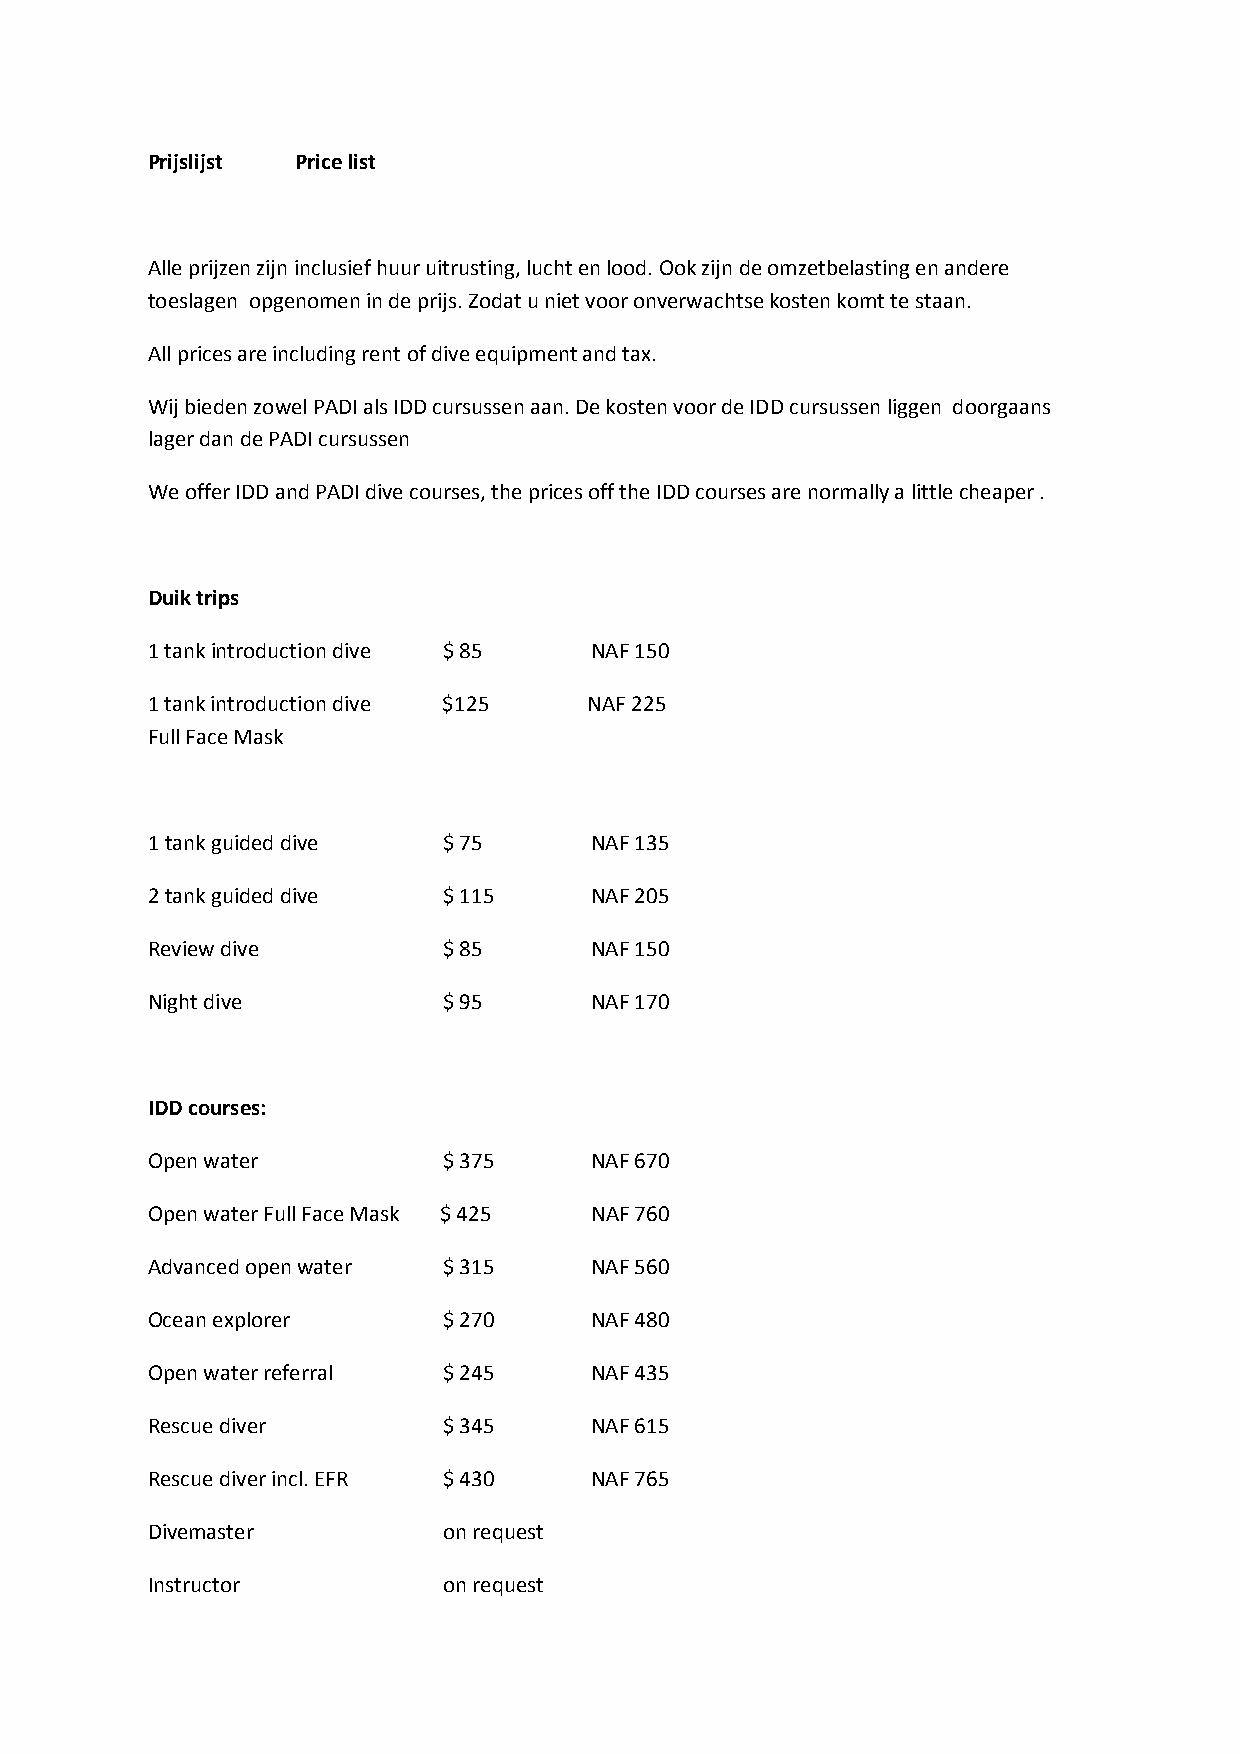
Prijslijst Price list
 Alle prijzen zijn inclusief huur uitrusting, lucht en lood. Ook zijn de omzetbelasting en andere
 toeslagen opgenomen in de prijs. Zodat u niet voor onverwachtse kosten komt te staan.
 All prices are including rent of dive equipment and tax.
 Wij bieden zowel PADI als IDD cursussen aan. De kosten voor de IDD cursussen liggen doorgaans
 lager dan de PADI cursussen
 We offer IDD and PADI dive courses, the prices off the IDD courses are normally a little cheaper .
 Duik trips
 1 tank introduction dive $ 85 NAF 150
 1 tank introduction dive $125 NAF 225
 Full Face Mask
 1 tank guided dive $ 75      NAF 135
 2 tank guided dive $ 115     NAF 205
 Review dive        $ 85      NAF 150
 Night dive         $ 95      NAF 170
 IDD courses:
 Open water         $ 375     NAF 670
 Open water Full Face Mask $ 425 NAF 760
 Advanced open water $ 315    NAF 560
 Ocean explorer     $ 270     NAF 480
 Open water referral $ 245    NAF 435
 Rescue diver       $ 345     NAF 615
 Rescue diver incl. EFR $ 430 NAF 765
 Divemaster         on request
 Instructor         on request